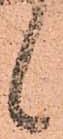
候